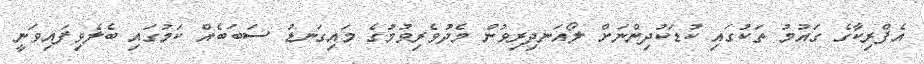
އެފްރިކާގެ ގައުމު ތަކުގައި ކުޑަކުދިންނަށް ލޯއަނދިރިވުން މެދުވެރިވުމުގެ މައިގަނޑު ސަބަބެއް ކަމުގައި ބެލެވިފައިވަނީ